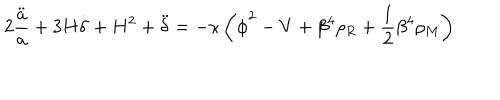
LaTeX: 2 \frac { \ddot { a } } { a } + 3 H \dot { \delta } + H ^ { 2 } + \ddot { \delta } = - \kappa \left( \dot { \phi } ^ { 2 } - V + \beta ^ { 4 } \rho _ { R } + { \frac { 1 } { 2 } } \beta ^ { 4 } \rho _ { M } \right)